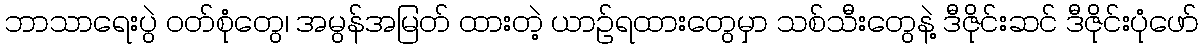
ဘာသာရေးပွဲ ဝတ်စုံတွေ၊ အမွန်အမြတ် ထားတဲ့ ယာဉ်ရထားတွေမှာ သစ်သီးတွေနဲ့ ဒီဇိုင်းဆင် ဒီဇိုင်းပုံဖော်